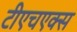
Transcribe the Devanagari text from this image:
टीएचएक्स